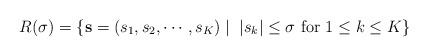
LaTeX: \begin{align*}R(\sigma)=\{\mathbf{s}=(s_{1},s_{2},\cdots,s_{K})\mid\;|s_{k}|\le\sigma\mbox{ for $1\le k\le K$}\}\end{align*}